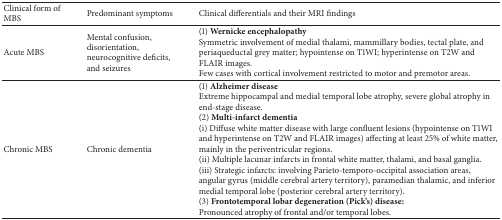
<table><thead><tr><td><b>Clinical form of MBS</b></td><td><b>Predominant symptoms</b></td><td><b>Clinical differentials and their MRI findings</b></td></tr></thead><tbody><tr><td>Acute MBS</td><td>Mental confusion, disorientation, neurocognitive deficits, and seizures</td><td>(1) <b>Wernicke encephalopathy</b> Symmetric involvement of medial thalami, mammillary bodies, tectal plate, and periaqueductal grey matter; hypointense on T1WI; hyperintense on T2W and FLAIR images. Few cases with cortical involvement restricted to motor and premotor areas. </td></tr><tr><td>Chronic MBS</td><td>Chronic dementia</td><td>(1) <b>Alzheimer disease</b> Extreme hippocampal and medial temporal lobe atrophy, severe global atrophy in end-stage disease.(2) <b>Multi-infarct dementia</b>(i) Diffuse white matter disease with large confluent lesions (hypointense on T1WI and hyperintense on T2W and FLAIR images) affecting at least 25% of white matter, mainly in the periventricular regions. (ii) Multiple lacunar infarcts in frontal white matter, thalami, and basal ganglia. (iii) Strategic infarcts: involving Parieto-temporo-occipital association areas, angular gyrus (middle cerebral artery territory), paramedian thalamic, and inferior medial temporal lobe (posterior cerebral artery territory).(3) <b>Frontotemporal lobar degeneration (Pick&#x27;s) disease:</b>Pronounced atrophy of frontal and/or temporal lobes. </td></tr></tbody></table>